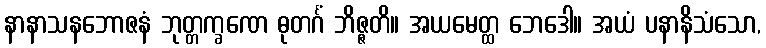
နာနာသနဘောဇနံ ဘုတ္တက္ခဏေ ဓုတင်္ဂံ ဘိဇ္ဇတိ။ အယမေတ္ထ ဘေဒေါ။ အယံ ပနာနိသံသော,